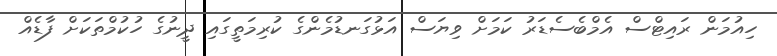
ހިއުމަން ރައިޓްސް އެމްބެސެޑަރު ކަމަށް ވިޔަސް އަޅުގަނޑުމެންގެ ކުރިމަތީގައި ދީނުގެ ހުކުމްތަކަށް ފާޑެއް